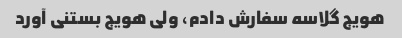
هویج گلاسه سفارش دادم، ولی هویج بستنی آورد